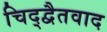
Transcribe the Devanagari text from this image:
चिद्द्वैतवाद